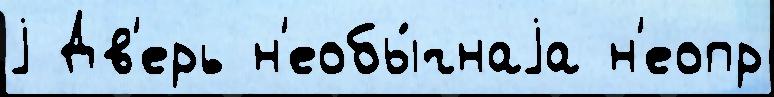
j Дв'ерь н'еобы́чнаjа н'еопр